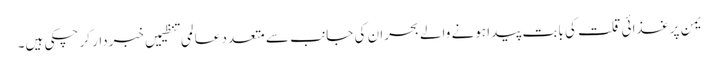
یمن پر غذائی قلت کی بابت پیدا ہونے والے بحران کی جانب سے متعدد عالمی تنظیمیں خبردار کر چکی ہیں۔